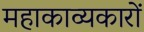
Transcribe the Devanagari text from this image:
महाकाव्यकारों